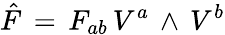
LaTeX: {\hat{F}}\, =\, F_{ab}\, V^{a}\, \wedge\, V^{b}